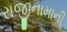
રાજીનામાની